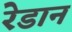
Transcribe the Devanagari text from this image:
रेडान